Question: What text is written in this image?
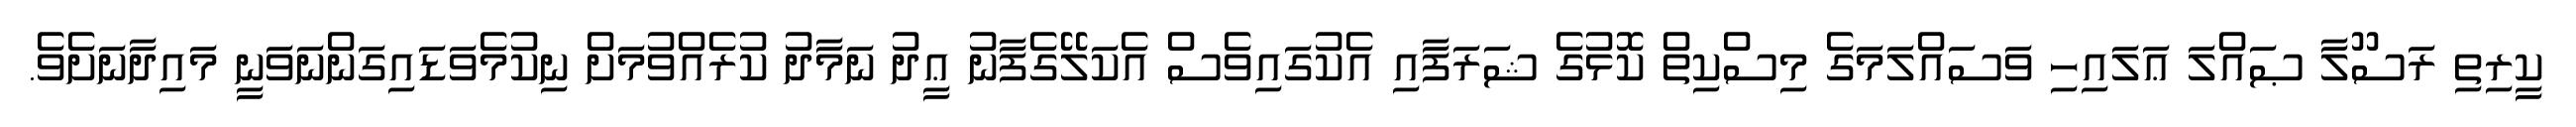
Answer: ކީރިތި ރަސޫލާ ޞައްލަ ޢަލައިހި ވަސައްލަމަގެ މިސްކިތް ކޮޅުގެ ޝަރަފާއި އެކުގައިވެސް އެކަލޭގެފާނު ޢީދު ނަމާދު ކުރެއްވުމަށް ނިކުމެވަޑައިގަންނަވަނީ މައިދާނަށެވެ.